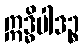
ဣဒ္ဓိပါဒဉ္စ